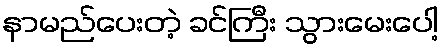
နာမည်ပေးတဲ့ ခင်ကြီး သွားမေးပေါ့